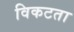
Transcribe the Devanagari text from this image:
विकटता